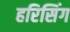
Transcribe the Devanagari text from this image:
हरिसिंग